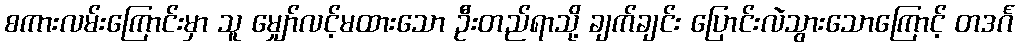
စကားလမ်းကြောင်းမှာ သူ မျှော်လင့်မထားသော ဦးတည်ရာသို့ ချက်ချင်း ပြောင်းလဲသွားသောကြောင့် တဒင်္ဂ